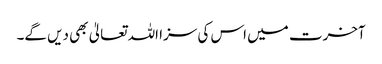
آخرت میں اس کی سزا اللہ تعالیٰ بھی دیں گے۔